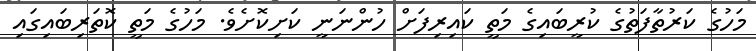
މަހުގެ ކަރުތާފަތުގެ ކުރީބައިގެ މަތީ ކައިރިފަށް ހުންނަނީ ކަށިކޮށެވެ. މަހުގެ މަތީ ކޮތަރިބައިގައި